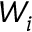
W _ { i }